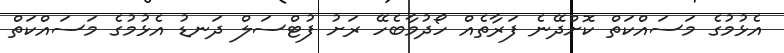
އެޅުމުގެ މަސައްކަތް ކޮށްދޭނެ ފަރާތެއް ހޯދުމާބެހޭ ރަށު ފުޓްސަލް ދަނޑު އެޅުމުގެ މަސައްކަތް